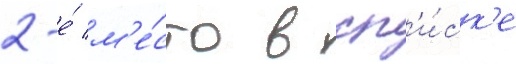
2-е́ м'е́сто в сп'и́ск'е